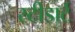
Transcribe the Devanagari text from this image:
स्टीडार्ट